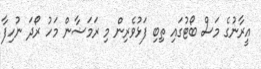
އީރާނުގެ މަސް ބޯޓުގައި ތިބި ފަޅުވެރިން މި ރަމަޟާން މަހު ރޯދަ ނުހިފާ